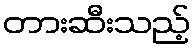
တားဆီးသည့်